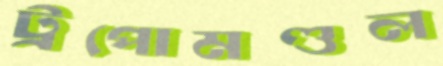
ট্রপোমণ্ডল